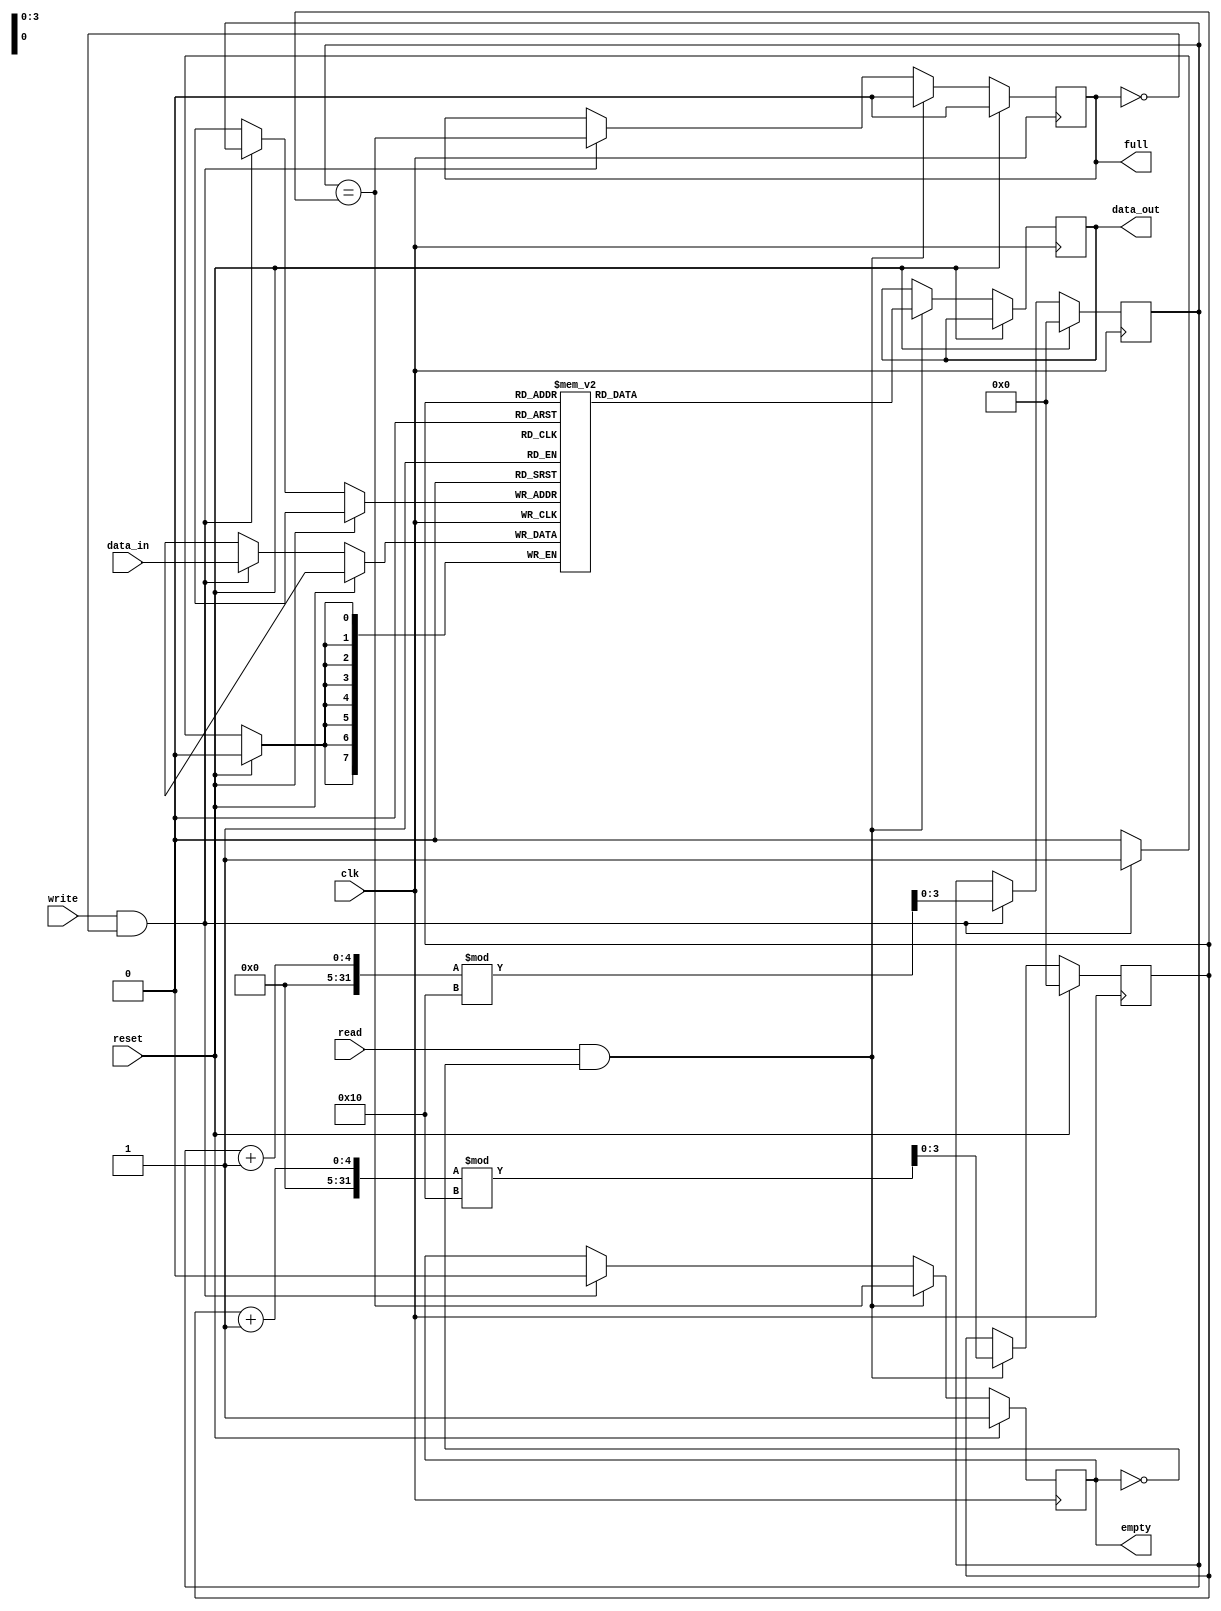
module circular_fifo (
  input clk,
  input reset,
  input write,
  input read,
  input [7:0] data_in,
  output reg [7:0] data_out,
  output reg full,
  output reg empty
);

parameter DEPTH = 16;
reg [7:0] buffer [DEPTH-1:0];
reg [3:0] write_pointer;
reg [3:0] read_pointer;

always @(posedge clk) begin
  if (reset) begin
    write_pointer <= 4'b0000;
    read_pointer <= 4'b0000;
    full <= 0;
    empty <= 1;
  end else begin
    if (write && !full) begin
      buffer[write_pointer] <= data_in;
      write_pointer <= (write_pointer + 1) % DEPTH;
      full <= (write_pointer == read_pointer);
      empty <= 0;
    end
    if (read && !empty) begin
      data_out <= buffer[read_pointer];
      read_pointer <= (read_pointer + 1) % DEPTH;
      full <= 0;
      empty <= (write_pointer == read_pointer);
    end
  end
end

endmodule